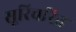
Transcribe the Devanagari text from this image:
सूरिचरित